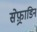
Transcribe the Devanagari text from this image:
सेफ़्राडिन